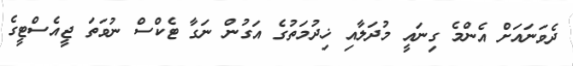
ދެވަނައަށް އެންމެ ގިނައީ މުދަލާއި ޚިދުމަތުގެ އަގުން ނަގާ ޓެކްސް ނުވަތަ ޖީއެސްޓީގެ